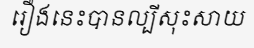
រឿងនេះបានល្បីសុះសាយ